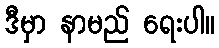
ဒီမှာ နာမည် ရေးပါ။